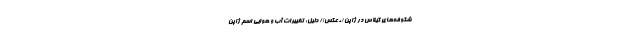
شکوفه‌های گیلاس در ژاپن (+عکس)/ دلیل: تغییرات آب و هوایی اسم ژاپن